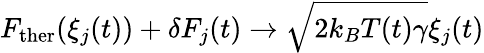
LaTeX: F_{\mathrm{ther}}(\xi_{j}(t))+\delta F_{j}(t)\rightarrow\sqrt{2k_{B}T(t)\gamma}\xi_{j}(t)